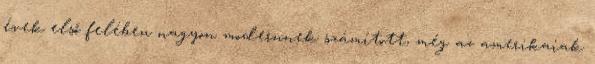
évek első felében nagyon modernnek számított, még az amerikaiak